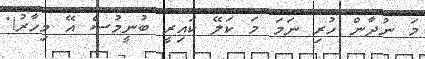
މަ ނުދާން ހުރި ނަމަ މަ ކަލޭ ކައިރީ ބުނީމުސް އޭ މިހާރު!"